Annual report on the Civil Veterinary Department, Burma (including the Insein Veterinary School) - 1932-1941
Year: 1932
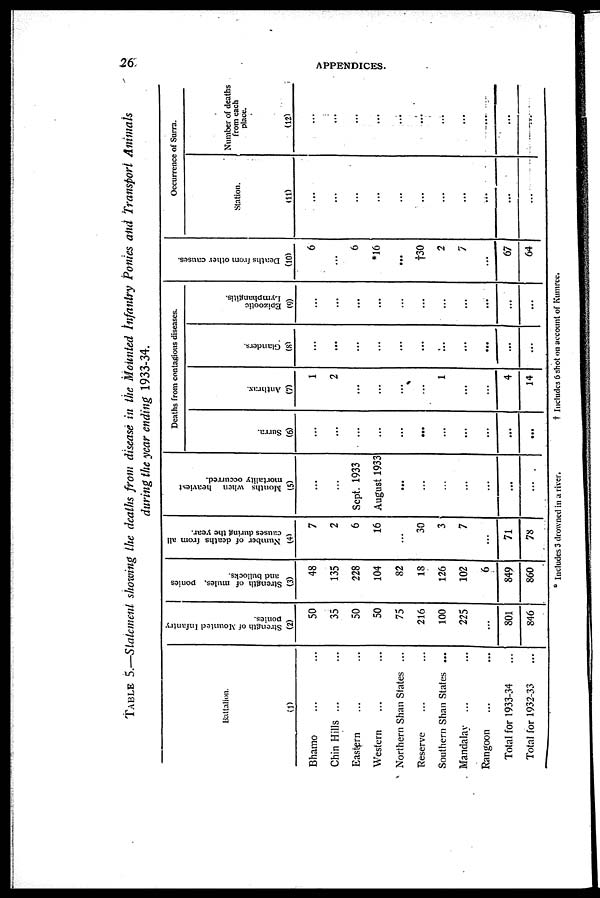
26
APPENDICES.
TABLE 5.—Statement showing the deaths from disease in the Mounted infantry Ponies and Transport Animals
during the year ending 1933-34.
Battalion.
(1)
Bhamo ... ...
Chin Hills ... ...
Eastern ... ...
Western ... ...
Northern Shan States ...
Reserve ... ...
Southern Shan States ...
Mandalay
... ...
Rangoon ... ...
Total for 1933-34 ...
Total for 1932-33 ...
Strength of Mounted Infantry
ponies.
(2)
50
35
50
50
75
216
100
225
...
801
846
Strength of mules, ponies
and bullocks.
(3)
48
135
228
104
82
18
126
102
6
849
860
Number of deaths from all
causes during the year.
(4)
7
2
6
16
...
30
3
7
...
71
78
Months when heaviest
mortality occurred.
(5)
...
...
Sept. 1933
August 1933
...
...
...
...
...
...
...
Deaths from contagious diseases.
Surra.
(6)
...
...
...
...
...
...
...
...
...
...
...
Anthrax.
(7)
1
2
...
...
...
...
1
...
...
4
14
Glanders.
(8)
...
...
...
...
...
...
...
...
...
...
...
Epizootic
Lymphangitis.
(9)
...
...
...
...
...
...
...
...
...
...
...
Deaths from other causes.
(10)
6
...
6
*16
...
†t30
2
7
...
67
64
Occurrence of Surra.
Station.
(11)
...
...
...
...
...
...
...
...
...
...
...
Number of deaths
from each
place.
(12)
...
...
...
...
...
...
...
...
...
...
...
* Includes 3 drowned in a river.
† Includes 6 shot on account of Kumree.